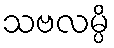
သဗလမ္ပိ